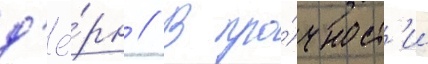
д'ё́рн // В про́чност'и